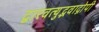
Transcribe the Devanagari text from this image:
द्वारवत्युद्भवाद्गोपी